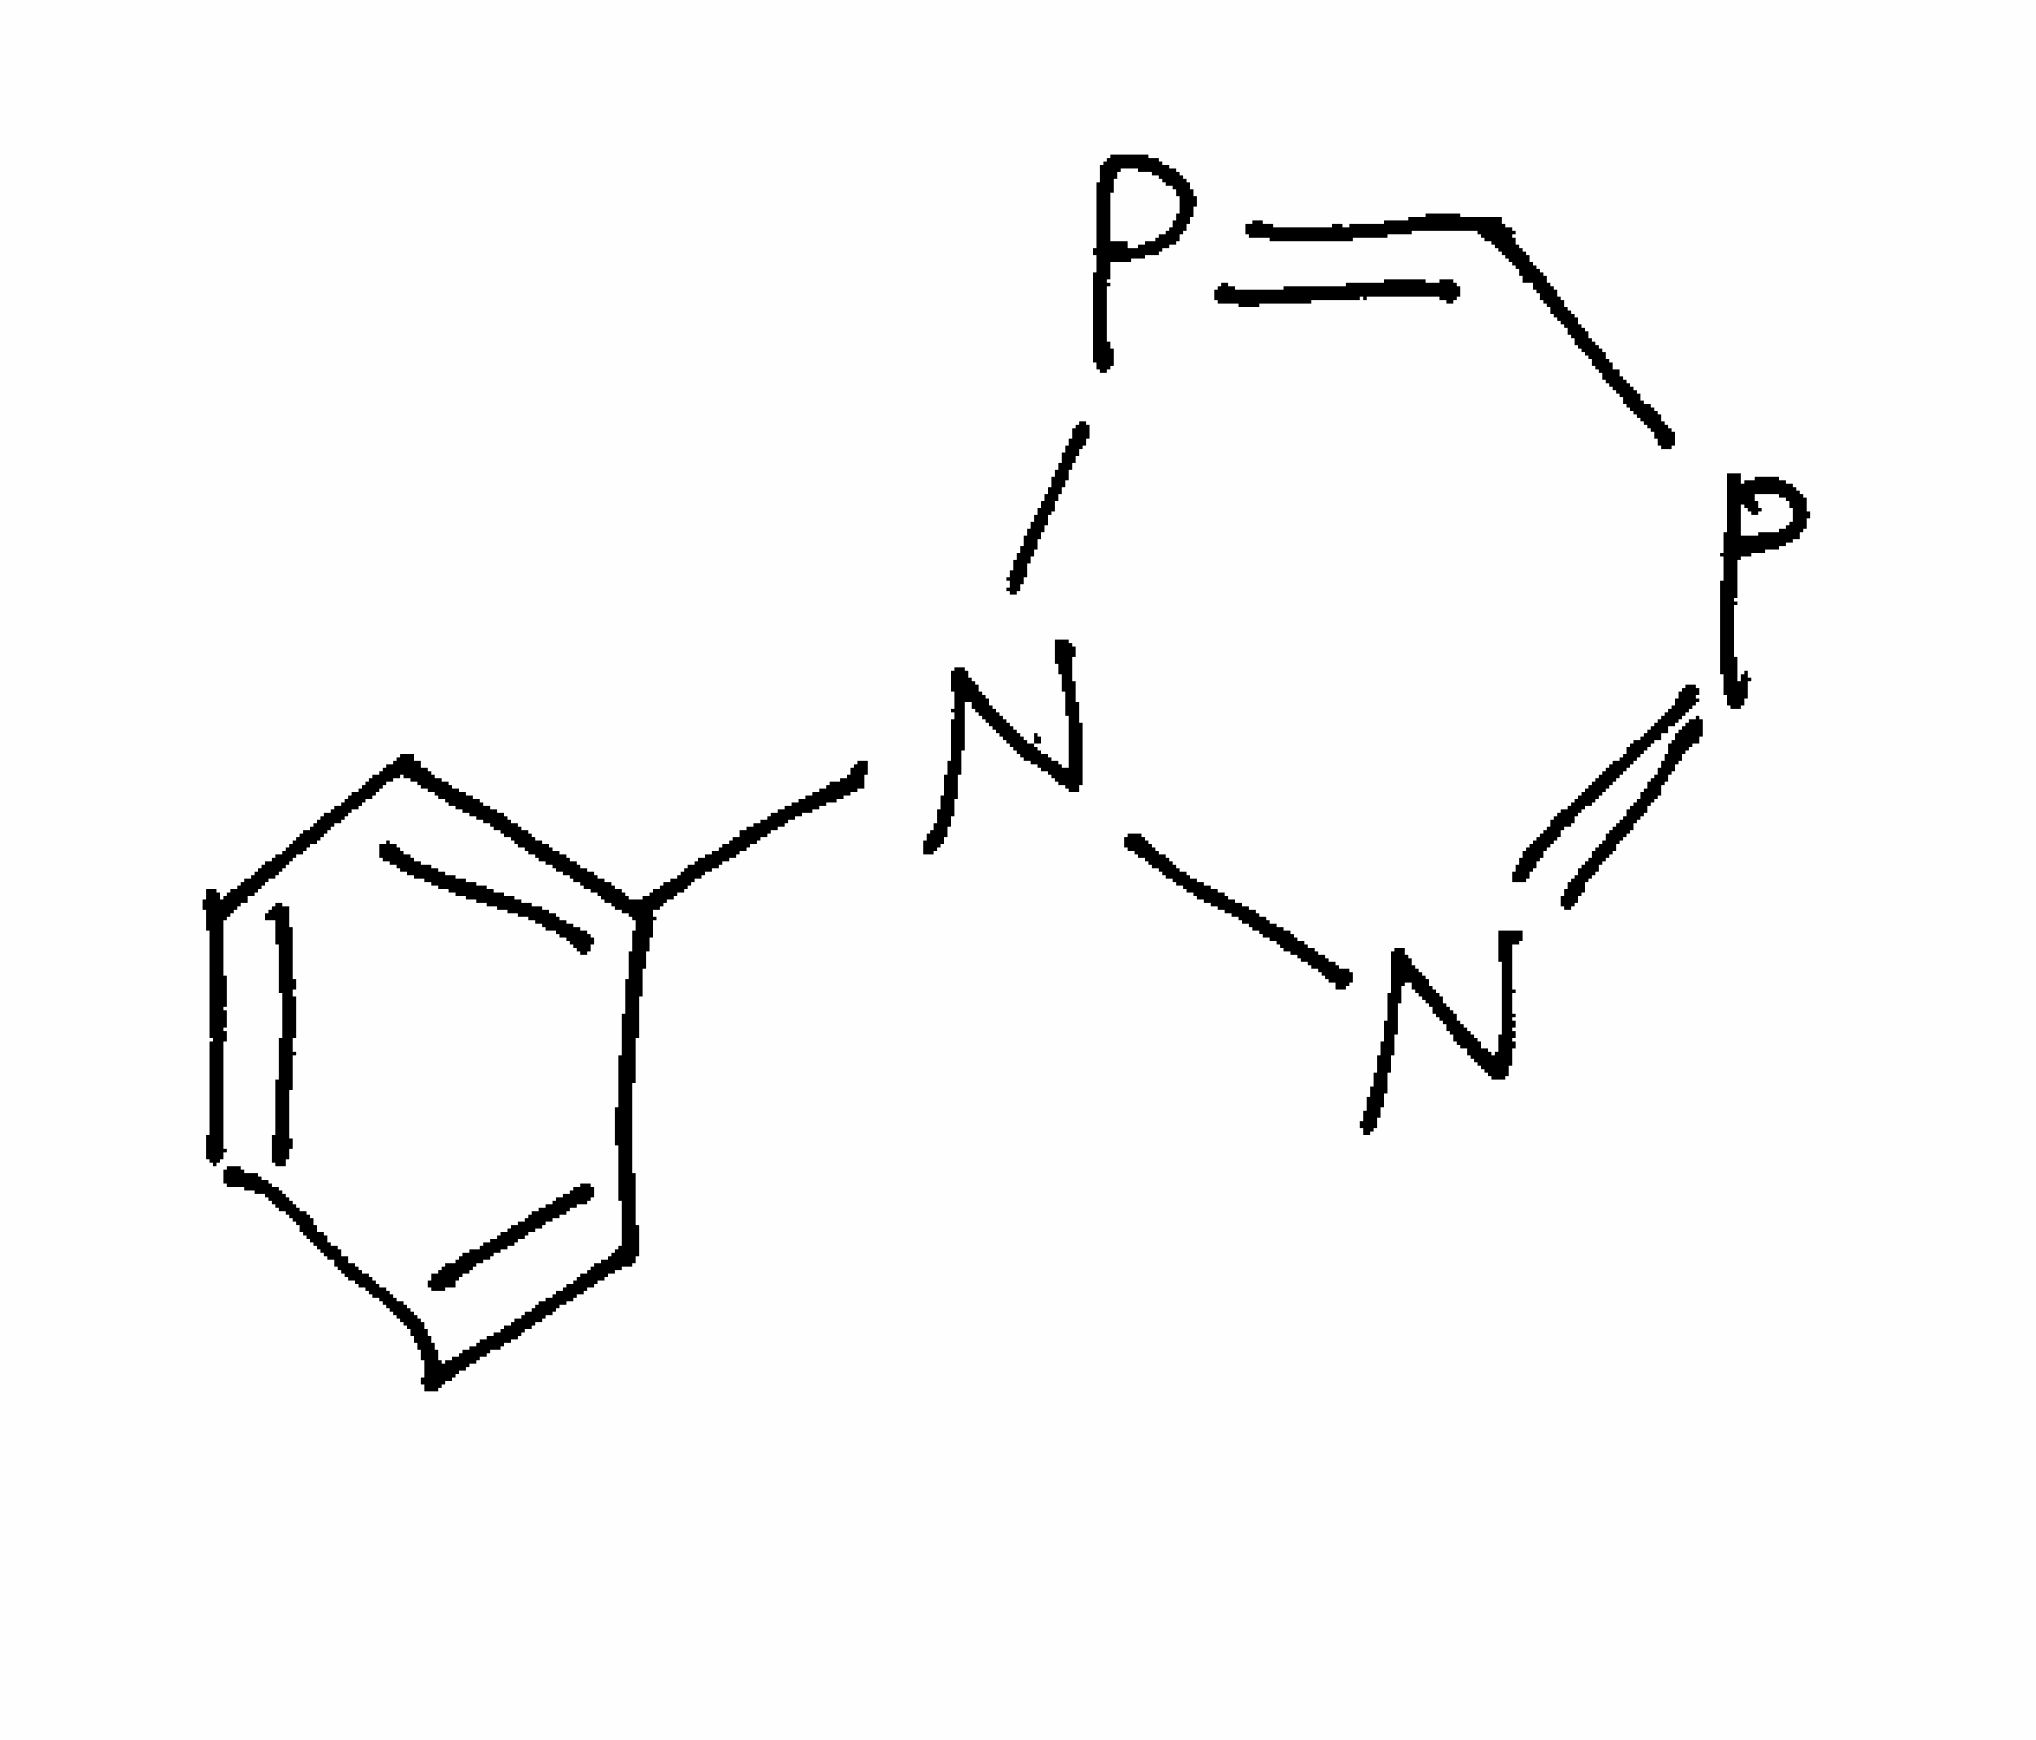
Simplified molecular-input line-entry system (SMILES) notation of the given molecule:
C1=CC=C(C=C1)N2N=PC=P2